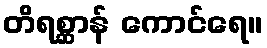
တိရစ္ဆာန် ကောင်ရေ။